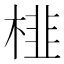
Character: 𭪾